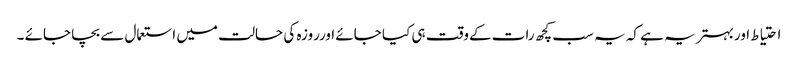
احتیاط اوربہتر یہ ہے کہ یہ سب کچھ رات کےوقت ہی کیا جائے اورروزہ کی حالت میں استعمال سے بچا جائے ۔